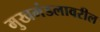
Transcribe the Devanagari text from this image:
मुखमंडलावरील